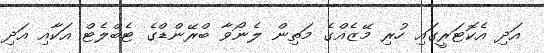
އަދި އެކޮޓަރީގައި ހުރި މޭޒެއްގެ މަތިން ލެނޯވާ ބްރޭންޑްގެ ޓެބްލެޓް އަކާއި އަދި